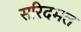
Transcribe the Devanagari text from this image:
सरिदमल